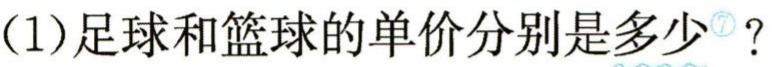
(1)足球和篮球的单价分别是多少？